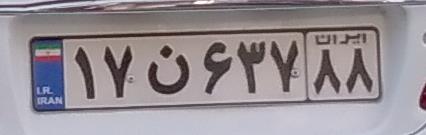
۱۷ن۶۳۷۸۸